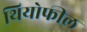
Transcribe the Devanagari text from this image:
थियोफील